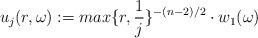
LaTeX: \begin{align*} u_j(r, \omega ):= max\{r, \frac{1}{j}\}^{-(n-2)/2}\cdot w_1(\omega) \end{align*}